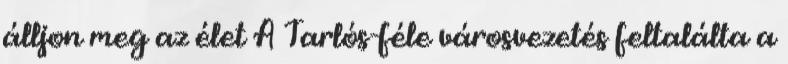
álljon meg az élet A Tarlós-féle városvezetés feltalálta a